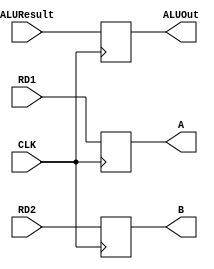
module regs_clk(
    input CLK,
    input [31:0] RD1, RD2, ALUResult,
    output reg  [31:0] A, B, ALUOut
);
    always @(posedge CLK) begin
        A <= RD1;
        B <= RD2;
        ALUOut <= ALUResult;
    end

endmodule